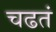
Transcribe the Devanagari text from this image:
चढतं